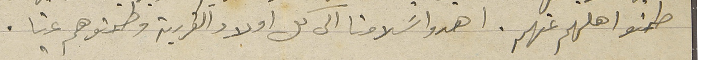
طمنو اهلهم عنهم. اهدوا سَلامنا الى كل اولاد القررية وطمنوهم عنا.